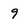
Character: 9